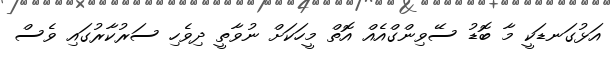
އަޅުގަނޑަކީ މާ ބޮޑު ސޭވިންގްއެއް އޮތް މީހަކަށް ނުވާތީ ދިވެހި ސަރުކާރުގައި ވެސް